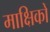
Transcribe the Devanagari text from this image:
माक्षिकों